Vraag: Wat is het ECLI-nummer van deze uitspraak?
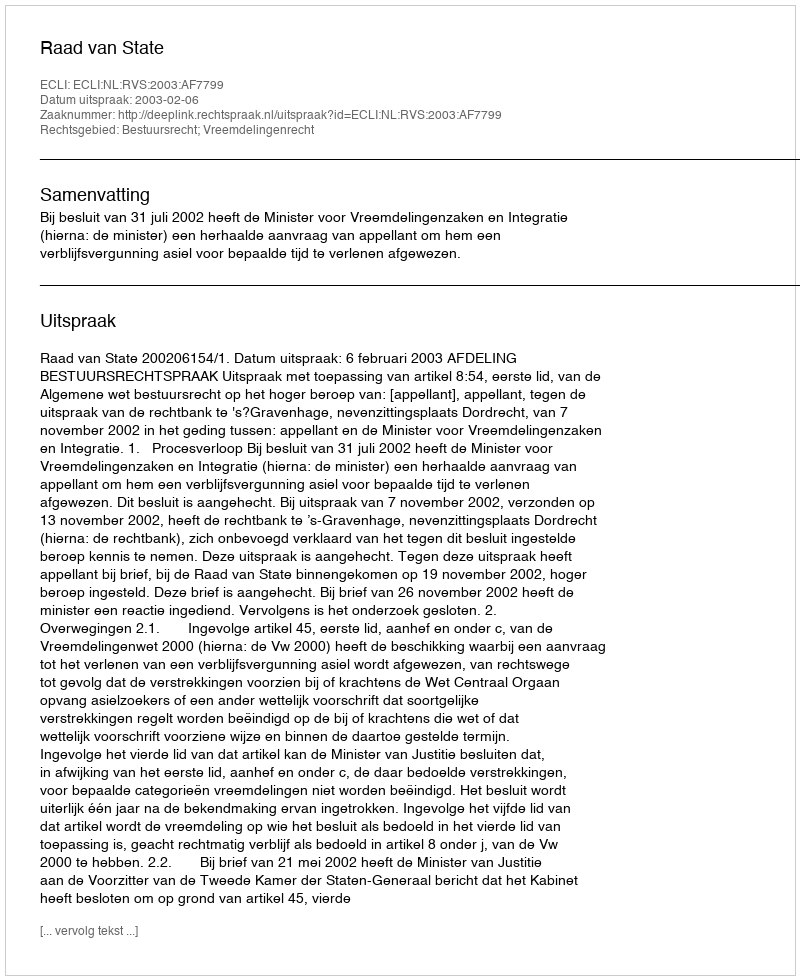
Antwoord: ECLI:NL:RVS:2003:AF7799